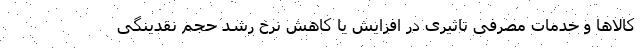
کالاها و خدمات مصرفی تاثیری در افزایش یا کاهش نرخ رشد حجم نقدینگی